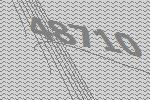
48710